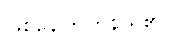
ဖြစ်နေကြဟန် ရှိ၏။